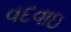
વદવાઇ